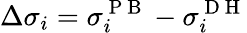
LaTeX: \Delta\sigma_{i}=\sigma_{i}^{\mathrm{~P~B~}}-\sigma_{i}^{\mathrm{~D~H~}}